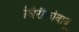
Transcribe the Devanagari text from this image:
धिरौलीबाबू